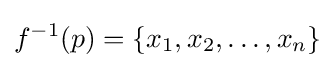
f^{-1}(p)=\{x_{1},x_{2},\ldots ,x_{n}\}